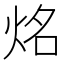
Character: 𰞔